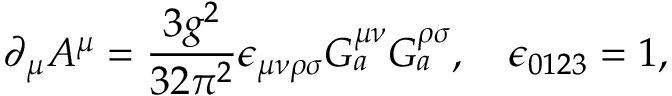
\partial _ { \mu } A ^ { \mu } = \frac { 3 g ^ { 2 } } { 3 2 \pi ^ { 2 } } \epsilon _ { \mu \nu \rho \sigma } { \cal G } _ { a } ^ { \mu \nu } { \cal G } _ { a } ^ { \rho \sigma } , \quad \epsilon _ { 0 1 2 3 } = 1 ,